Annual administration and progress report of the Indian Medical Department, Bombay
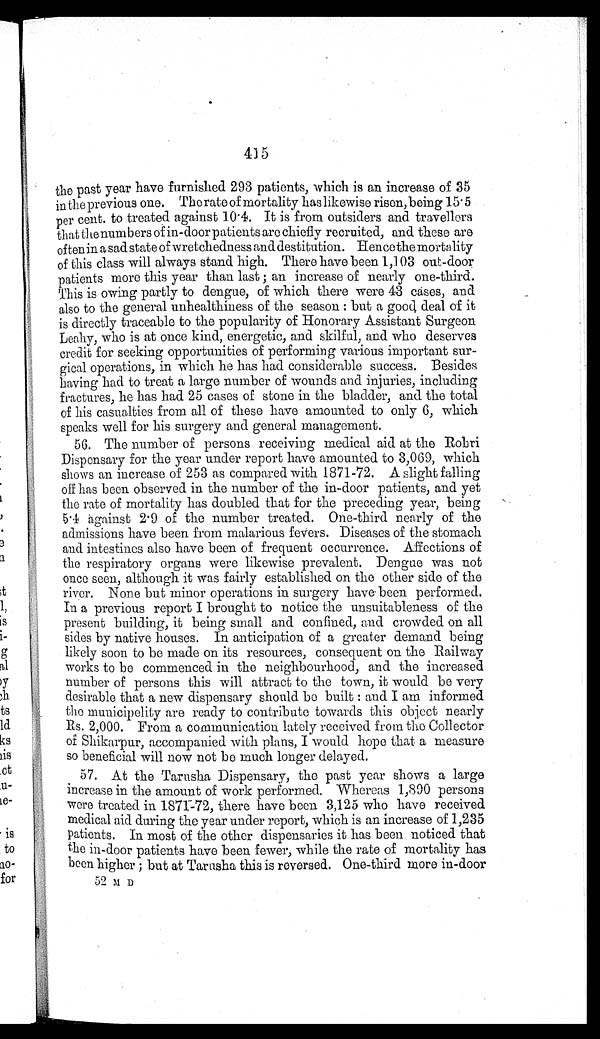
415
the past year have furnished 293 patients, which is an increase of 35
in the previous one. The rate of mortality has likewise risen, being 15.5
per cent. to treated against 10.4. It is from outsiders and travellers
that the numbers of in-door patients are chiefly recruited, and these are
often in a sad state of wretchedness and destitution. Hence the mortality
of this class will always stand high. There have been 1,103 out-door
patients more this year than last; an increase of nearly one-third.
This is owing partly to dengue, of which there were 43 cases, and
also to the general unhealthiness of the season: but a good, deal of it
is directly traceable to the popularity of Honorary Assistant Surgeon
Leahy, who is at once kind, energetic, and skilful, and who deserves
credit for seeking opportunities of performing various important sur-
gical operations, in which he has had considerable success. Besides
having had to treat a large number of wounds and injuries, including
fractures, he has had 25 cases of stone in the bladder, and the total
of his casualties from all of these have amounted to only 6, which
speaks well for his surgery and general management.
56. The number of persons receiving medical aid at the Rohri
Dispensary for the year under report have amounted to 3,069, which
shows an increase of 253 as compared with 1871-72. A slight falling
off has been observed in the number of the in-door patients, and yet
the rate of mortality has doubled that for the preceding year, being
5 . 4 a g a i n s t 2 . 9 o f t h e n u m b e r t r e a t e d . O n e - t h i r d n e a r l y o f t h e
admissions have been from malarious fevers. Diseases of the stomach
and intestines also have been of frequent occurrence. Affections of
the respiratory organs were likewise prevalent. Dengue was not
once seen, although it was fairly established on the other side of the
river. None but minor operations in surgery have been performed.
In a previous report I brought to notice the unsuitableness of the
present building, it being small and confined, and crowded on all
sides by native houses. In anticipation of a greater demand being
likely soon to be made on its resources, consequent on the Railway
works to be commenced in the neighbourhood, and the increased
number of persons this will attract to the town, it would be very
desirable that a new dispensary should be built: and I am informed
the municipelity are ready to contribute towards this object nearly
R s . 2 , 0 0 0 . F r o m a c o m m u n i c a t i o n l a t e l y r e c e i v e d f r o m t h e C o l l e c t o r
or Shikarpur, accompanied with plans, I would hope that a measure
so beneficial will now not be much longer delayed.
57. At the Tarusha Dispensary, the past year shows a large
increase in the amount of work performed. Whereas 1,890 persons
were treated in 1871-72, there have been 3,125 who have received
medical aid during the year under report, which is an increase of 1,235
p a t i e n t s . I n m o s t o f t h e o t h e r d i s p e n s a r i e s i t h a s b e e n n o t i c e d t h a t
the in-door patients have been fewer, while the rate of mortality has
been higher; but at Tarusha this is reversed. One-third more in-door
52 M D